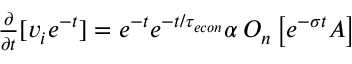
\begin{array} { r } { \frac { \partial } { \partial t } [ v _ { i } e ^ { - t } ] = e ^ { - t } e ^ { - t / { \tau _ { e c o n } } } \alpha \, O _ { n } \left[ e ^ { - \sigma t } A \right] } \end{array}